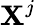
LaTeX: \mathbf{X}^{j}